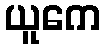
ယူကေ